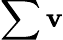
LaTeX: \sum\mathbf{v}